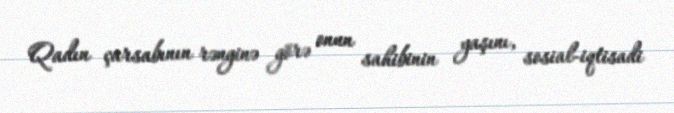
Qadın çarsabının rənginə görə onun sahibinin yaşını, sosial-iqtisadi